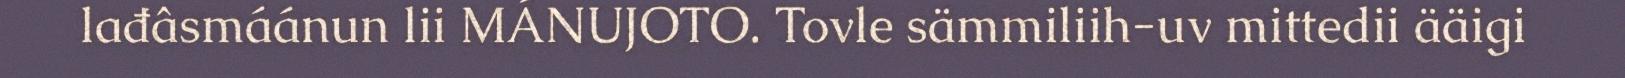
lađâsmáánun lii MÁNUJOTO. Tovle sämmiliih-uv mittedii ääigi